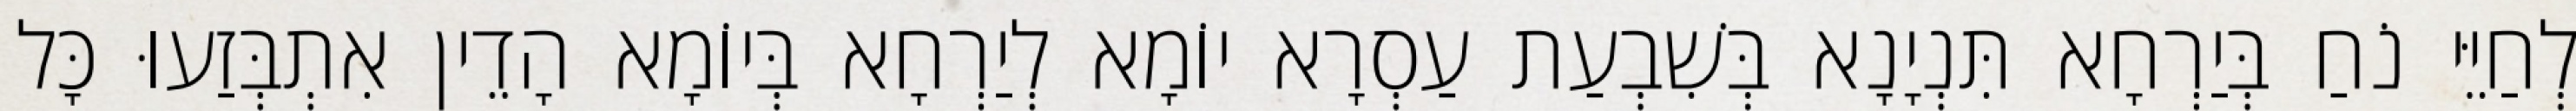
לְחַיֵּי נֹחַ בְּיַרְחָא תִּנְיָנָא בְּשִׁבְעַת עַסְרָא יוֹמָא לְיַרְחָא בְּיוֹמָא הָדֵין אִתְבְּזַעוּ כָּל